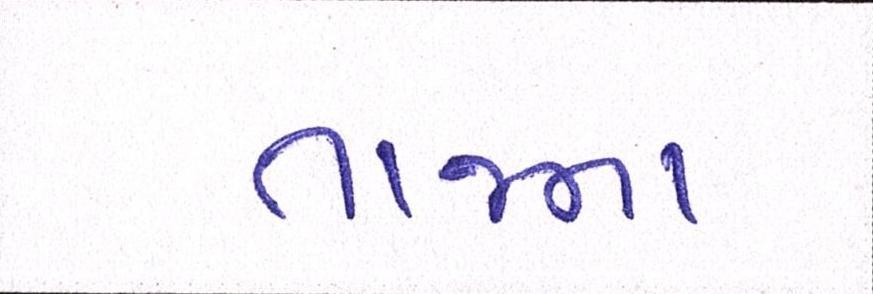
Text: તાજના